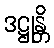
ဒဋ္ဌုန္တိ